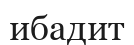
ибадит